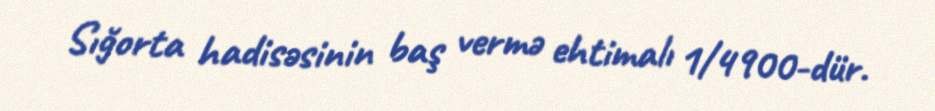
Sığorta hadisəsinin baş vermə ehtimalı 1/4900-dür.